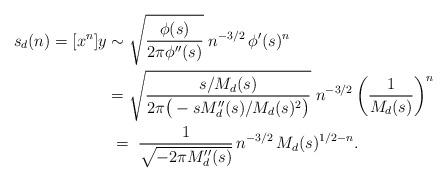
LaTeX: \begin{align*}s_d(n) = [x^n] y & \sim \sqrt{ \frac{\phi(s)}{2 \pi \phi''(s)} } \; n^{-3/2} \, \phi'(s)^n \\&= \sqrt{ \frac{ s / M_d(s)}{2 \pi \big( -s M_d''(s) / M_d(s)^2 \big)}} \; n^{-3/2} \left( \frac{1}{M_d(s)} \right)^n \\&\;=\; \frac{1}{ \sqrt{ -2\pi M_d''(s) }} \, n^{-3/2} \, M_d(s)^{1/2-n}.\end{align*}